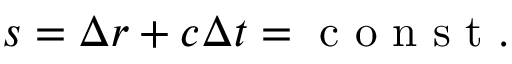
s = \Delta r + c \Delta t = \mathrm { ~ c ~ o ~ n ~ s ~ t ~ } .